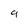
Character: 9